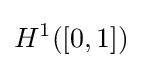
H^{1}([0,1])